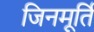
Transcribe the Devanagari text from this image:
जिनमूर्ति